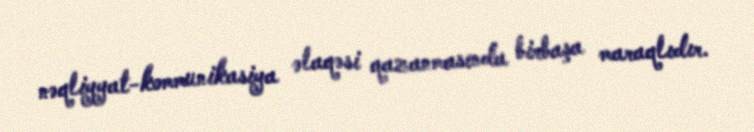
nəqliyyat-kommunikasiya əlaqəsi qazanmasında birbaşa maraqlıdır.